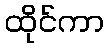
ထိုင်ကာ